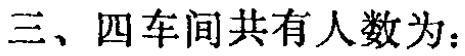
三、四车间共有人数为：